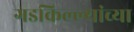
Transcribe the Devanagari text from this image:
गडकिल्ल्यांच्या